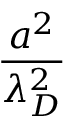
\frac { a ^ { 2 } } { \lambda _ { D } ^ { 2 } }